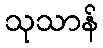
သုသာန်